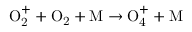
\mathrm { O _ { 2 } ^ { + } + O _ { 2 } + M \to O _ { 4 } ^ { + } + M }